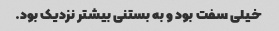
خیلی سفت بود و به بستنی بیشتر نزدیک بود.